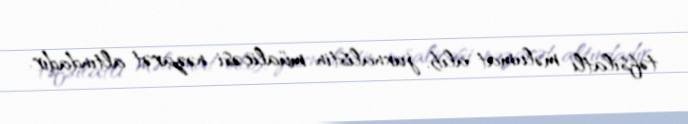
təfsilatlı məlumat alıb, jurnalistin müalicəsi nəzarət altındadır.